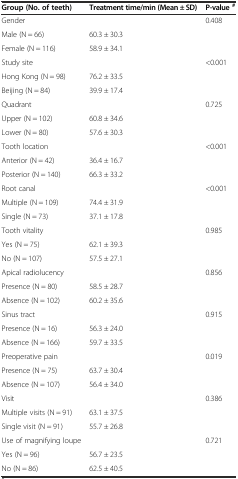
<table><thead><tr><td><b>Group (No. of teeth)</b></td><td><b>Treatment time/min (Mean ± SD)</b></td><td><b>P-value<sup>#</sup></b></td></tr></thead><tbody><tr><td>Gender</td><td></td><td>0.408</td></tr><tr><td>Male (N = 66)</td><td>60.3 ± 30.3</td><td></td></tr><tr><td>Female (N = 116)</td><td>58.9 ± 34.1</td><td></td></tr><tr><td>Study site</td><td></td><td>&lt;0.001</td></tr><tr><td>Hong Kong (N = 98)</td><td>76.2 ± 33.5</td><td></td></tr><tr><td>Beijing (N = 84)</td><td>39.9 ± 17.4</td><td></td></tr><tr><td>Quadrant</td><td></td><td>0.725</td></tr><tr><td>Upper (N = 102)</td><td>60.8 ± 34.6</td><td></td></tr><tr><td>Lower (N = 80)</td><td>57.6 ± 30.3</td><td></td></tr><tr><td>Tooth location</td><td></td><td>&lt;0.001</td></tr><tr><td>Anterior (N = 42)</td><td>36.4 ± 16.7</td><td></td></tr><tr><td>Posterior (N = 140)</td><td>66.3 ± 33.2</td><td></td></tr><tr><td>Root canal</td><td></td><td>&lt;0.001</td></tr><tr><td>Multiple (N = 109)</td><td>74.4 ± 31.9</td><td></td></tr><tr><td>Single (N = 73)</td><td>37.1 ± 17.8</td><td></td></tr><tr><td>Tooth vitality</td><td></td><td>0.985</td></tr><tr><td>Yes (N = 75)</td><td>62.1 ± 39.3</td><td></td></tr><tr><td>No (N = 107)</td><td>57.5 ± 27.1</td><td></td></tr><tr><td>Apical radiolucency</td><td></td><td>0.856</td></tr><tr><td>Presence (N = 80)</td><td>58.5 ± 28.7</td><td></td></tr><tr><td>Absence (N = 102)</td><td>60.2 ± 35.6</td><td></td></tr><tr><td>Sinus tract</td><td></td><td>0.915</td></tr><tr><td>Presence (N = 16)</td><td>56.3 ± 24.0</td><td></td></tr><tr><td>Absence (N = 166)</td><td>59.7 ± 33.5</td><td></td></tr><tr><td>Preoperative pain</td><td></td><td>0.019</td></tr><tr><td>Presence (N = 75)</td><td>63.7 ± 30.4</td><td></td></tr><tr><td>Absence (N = 107)</td><td>56.4 ± 34.0</td><td></td></tr><tr><td>Visit</td><td></td><td>0.386</td></tr><tr><td>Multiple visits (N = 91)</td><td>63.1 ± 37.5</td><td></td></tr><tr><td>Single visit (N = 91)</td><td>55.7 ± 26.8</td><td></td></tr><tr><td>Use of magnifying loupe</td><td></td><td>0.721</td></tr><tr><td>Yes (N = 96)</td><td>56.7 ± 23.5</td><td></td></tr><tr><td>No (N = 86)</td><td>62.5 ± 40.5</td><td></td></tr></tbody></table>